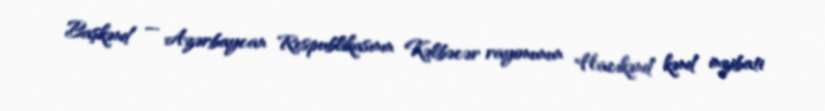
Başkənd — Azərbaycan Respublikasının Kəlbəcər rayonunun Hacıkənd kənd inzibati